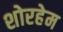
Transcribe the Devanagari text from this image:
शोरहेम